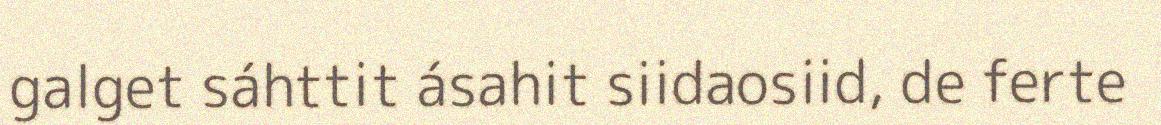
galget sáhttit ásahit siidaosiid, de ferte